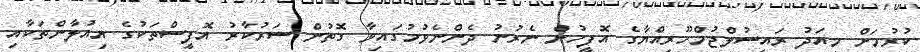
ކުރުމަށް މިއަދު ރައީސުލްޖުމްހޫރިއްޔާގެ އޮފީހުން ނެރުނު ދެންނެވުމުގައިވާ ގޮތުން ސަރުކާރު އޮފީސްތަކުގެ އިއުލާންތަކާއި